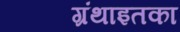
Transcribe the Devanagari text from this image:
ग्रंथाइतका